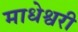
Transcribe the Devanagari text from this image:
माधेश्वरी